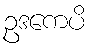
ဥဒကေပိ